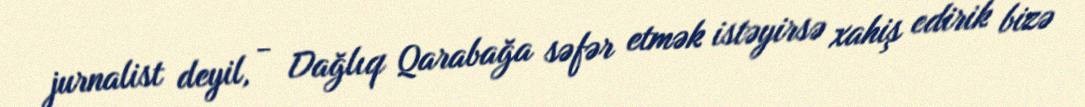
jurnalist deyil, - Dağlıq Qarabağa səfər etmək istəyirsə xahiş edirik bizə